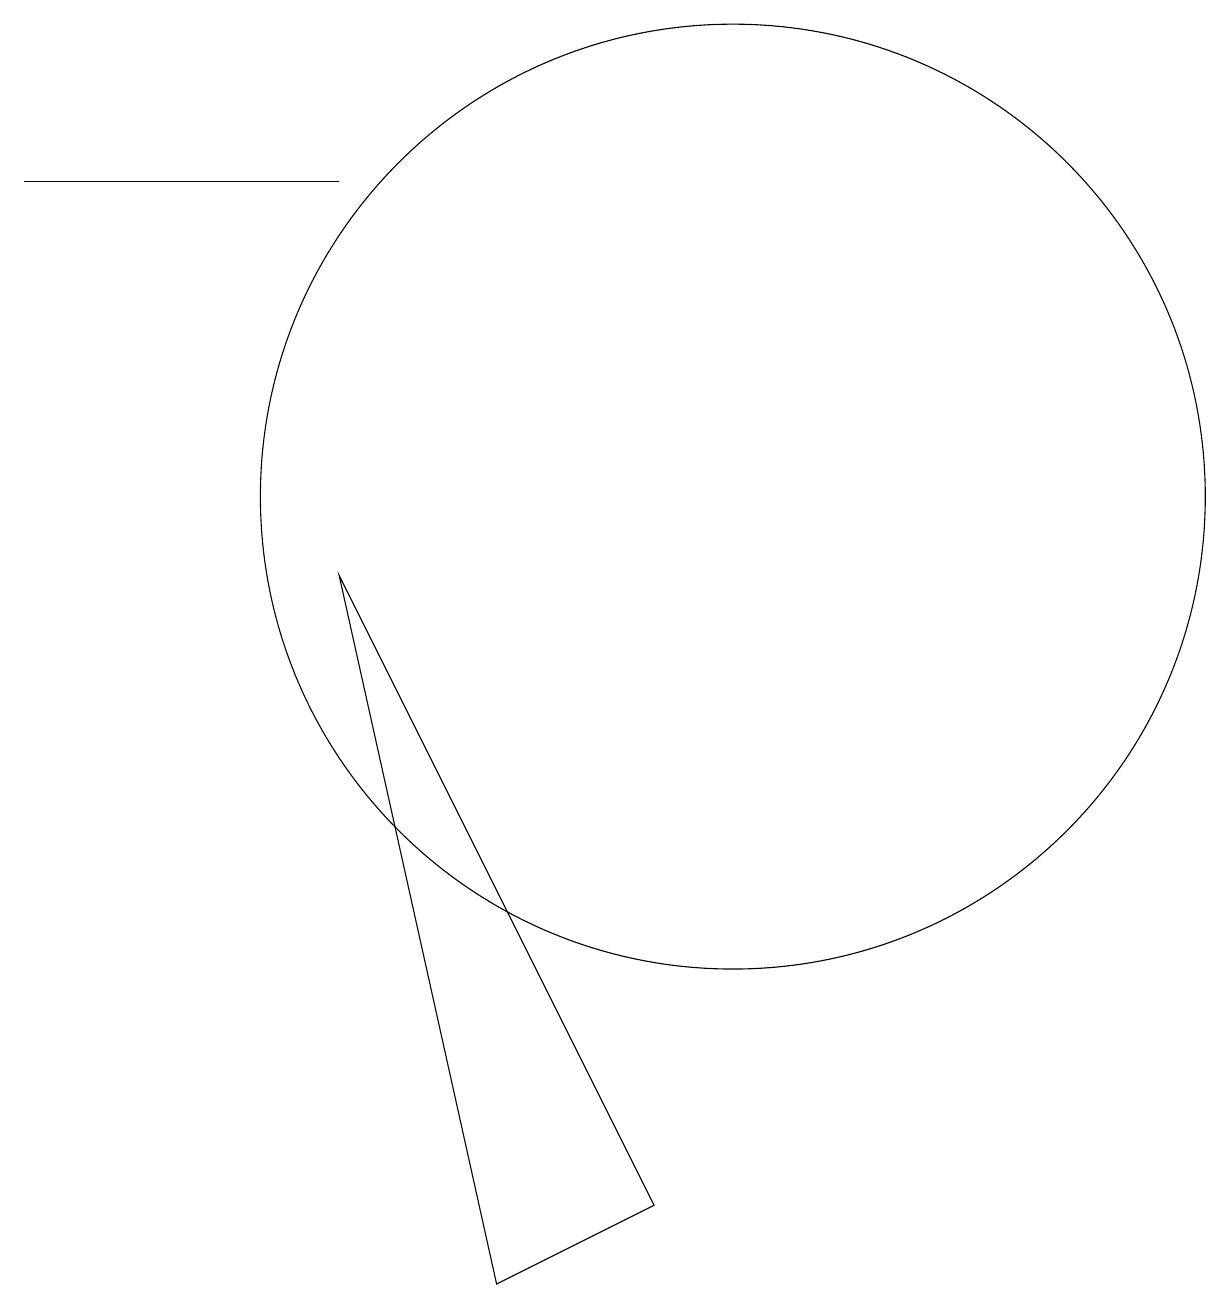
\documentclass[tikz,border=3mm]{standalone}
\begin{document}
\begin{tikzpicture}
\draw (10,10) circle (6);
\draw (9,1) -- (5,9) -- (7,0) -- cycle;
\draw (1,14) rectangle (5,14);
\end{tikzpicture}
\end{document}